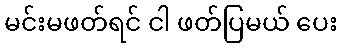
မင်းမဖတ်ရင် ငါ ဖတ်ပြမယ် ပေး